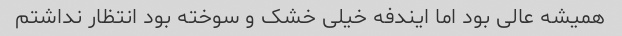
همیشه عالی بود اما ایندفه خیلی خشک و سوخته بود انتظار نداشتم